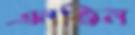
এনজিন